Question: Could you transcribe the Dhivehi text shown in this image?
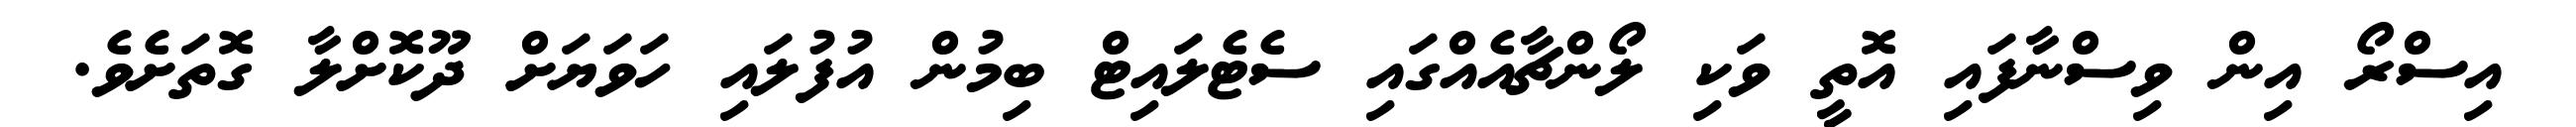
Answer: އިސްރޯ އިން ވިސްނާފައި އޮތީ ވަކި ލޯންޗާއެއްގައި ސެޓެލައިޓް ބިމުން އުފުލައި ހަވަޔަށް ދޫކޮށްލާ ގޮތަށެވެ.